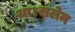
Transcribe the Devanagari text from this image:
था।सलेम